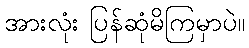
အားလုံး ပြန်ဆုံမိကြမှာပဲ။